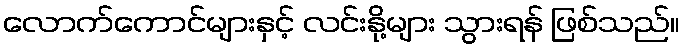
လောက်ကောင်များနှင့် လင်းနို့များ သွားရန် ဖြစ်သည်။